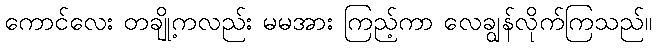
ကောင်လေး တချို့ကလည်း မမအား ကြည့်ကာ လေချွန်လိုက်ကြသည်။